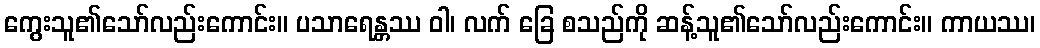
ကွေးသူ၏သော်လည်းကောင်း။ ပသာရေန္တဿ ဝါ၊ လက် ခြေ စသည်ကို ဆန့်သူ၏သော်လည်းကောင်း။ ကာယဿ၊